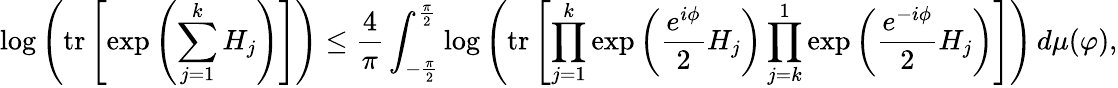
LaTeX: \log\left(\operatorname{tr}\left[\exp\left(\sum_{j=1}^{k}H_{j}\right)\right]\right)\leq\frac{4}{\pi}\int_{-\frac{\pi}{2}}^{\frac{\pi}{2}}\log\left(\operatorname{tr}\left[\prod_{j=1}^{k}\exp\left(\frac{e^{i\phi}}{2}H_{j}\right)\prod_{j=k}^{1}\exp\left(\frac{e^{-i\phi}}{2}H_{j}\right)\right]\right)\, d\mu(\varphi),